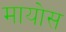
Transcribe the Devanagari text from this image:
मायोस